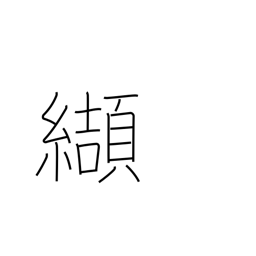
Meaning: purblind